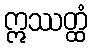
ဣဿတ္ထံ